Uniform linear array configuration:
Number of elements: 12
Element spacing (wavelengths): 0.25
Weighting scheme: hamming
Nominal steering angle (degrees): -45
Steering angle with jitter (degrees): -46.257
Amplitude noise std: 0.05
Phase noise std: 0.05

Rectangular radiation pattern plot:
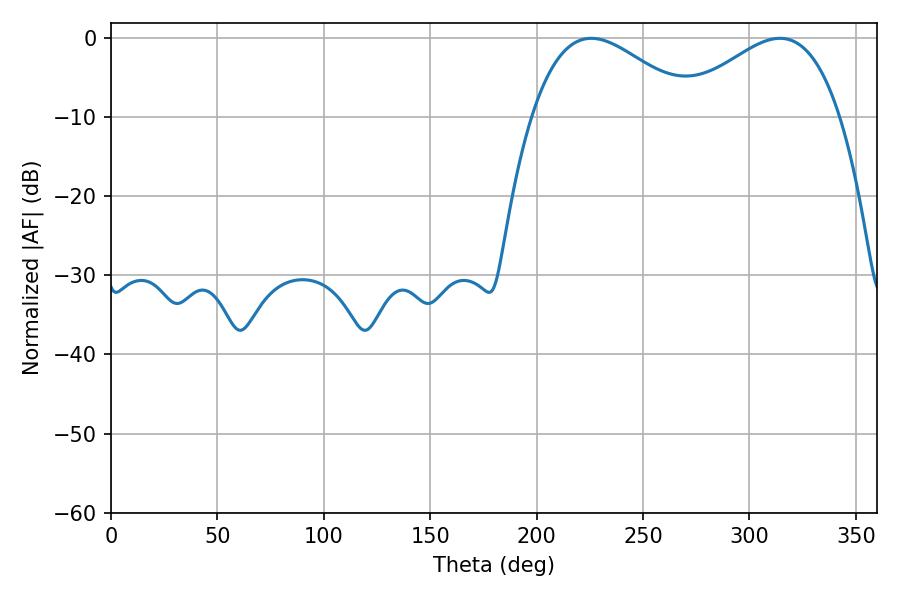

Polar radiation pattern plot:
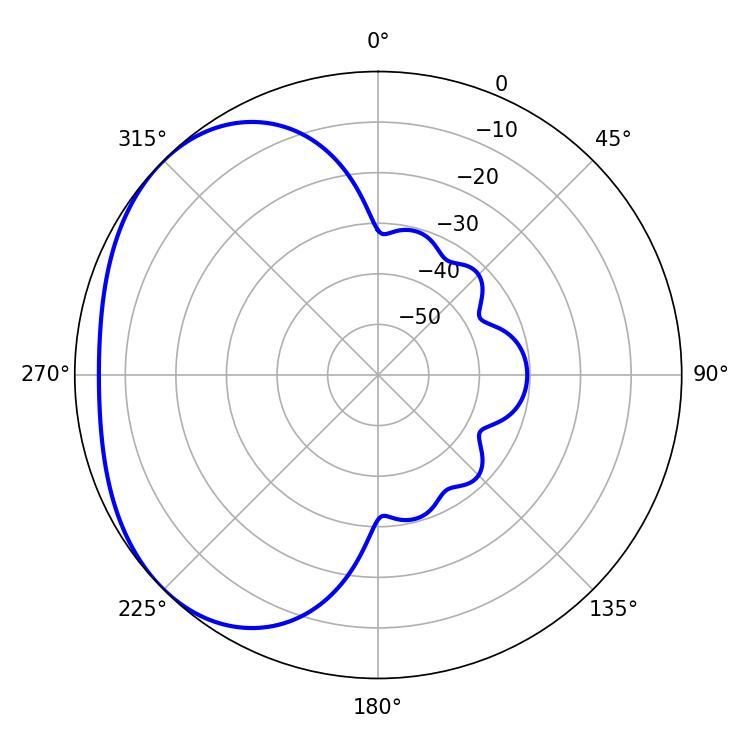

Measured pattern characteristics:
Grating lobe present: FALSE
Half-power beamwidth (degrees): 41.58
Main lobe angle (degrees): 225.72